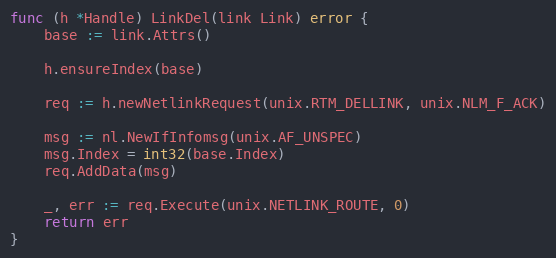
Language: Go
func (h *Handle) LinkDel(link Link) error {
	base := link.Attrs()

	h.ensureIndex(base)

	req := h.newNetlinkRequest(unix.RTM_DELLINK, unix.NLM_F_ACK)

	msg := nl.NewIfInfomsg(unix.AF_UNSPEC)
	msg.Index = int32(base.Index)
	req.AddData(msg)

	_, err := req.Execute(unix.NETLINK_ROUTE, 0)
	return err
}